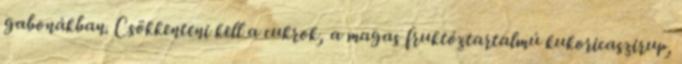
gabonákban. Csökkenteni kell a cukrok, a magas fruktóztartalmú kukoricaszirup,